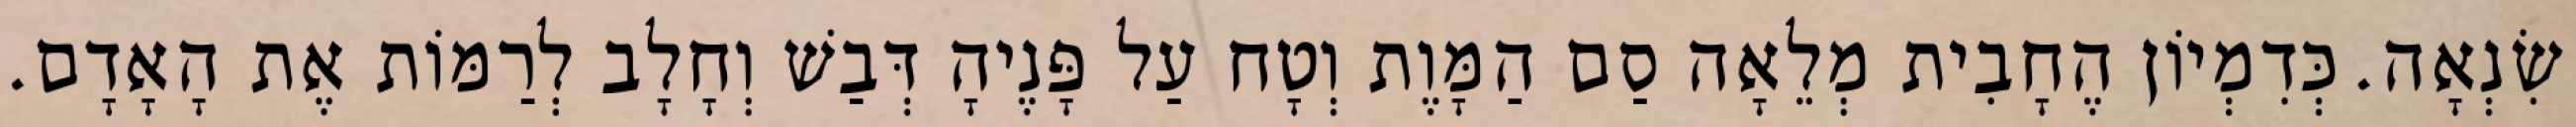
שִׂנְאָה. כְּדִמְיוֹן הֶחָבִית מְלֵאָה סַם הַמָּוֶת וְטָח עַל פָּנֶיהָ דְּבַשׁ וְחָלָב לְרַמּוֹת אֶת הָאָדָם.